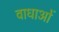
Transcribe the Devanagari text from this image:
वाधाओं